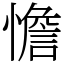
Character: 憺